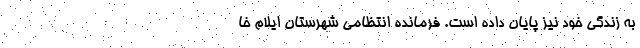
به زندگی خود نیز پایان داده است. فرمانده انتظامی شهرستان ایلام خا